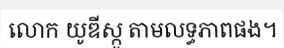
លោក យូឌីស្កូ តាមលទ្ធភាពផង។